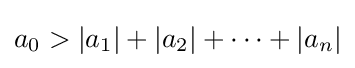
a_{0}>|a_{1}|+|a_{2}|+\cdots +|a_{n}|